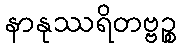
နာနုဿရိတဗ္ဗဉ္စ